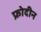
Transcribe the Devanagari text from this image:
फ्रोदीन